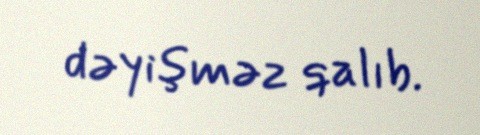
dəyişməz qalıb.